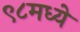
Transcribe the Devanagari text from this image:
९८मध्ये